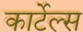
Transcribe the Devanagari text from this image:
कार्टेल्स